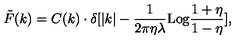
\tilde { F } ( k ) = C ( k ) \cdot \delta [ | k | - { \frac { 1 } { 2 \pi \eta \lambda } } \mathrm { L o g } { \frac { 1 + \eta } { 1 - \eta } } ] ,